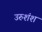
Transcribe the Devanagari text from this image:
उरुशंश